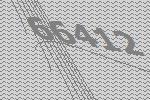
66412